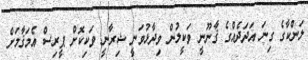
ލަންކާގެ ގިނަ އަދަދެއްގެ ޤާނޫނީ ވަކީލުން ވިދާޅުވަނީ ޝިރާނީ ވަކިކޮށް ޕީރިސް އެމަޤާމަށް